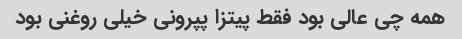
همه چی عالی بود فقط پیتزا پپرونی خیلی روغنی بود